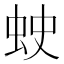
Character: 𧊍